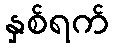
နှစ်ရက်